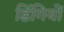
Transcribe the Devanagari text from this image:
डिंगियों